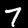
Label: 7